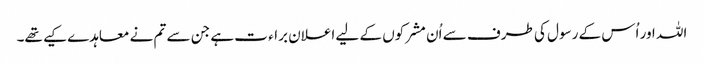
اللہ اور اُس کے رسول کی طرف سے اُن مشرکوں کے لیے اعلان براء ت ہے جن سے تم نے معاہدے کیے تھے۔